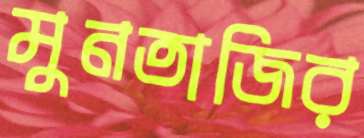
মুনতাজির